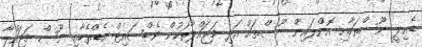
ޑެއިލީ ނޫސްތަކާއި އޮންލައިން ނޫސްތައް އަދި މަޖައްލާތަކުން ވެބްސައިޓް އެޑްރެހާއި ނޫސް މަޖައްލާ